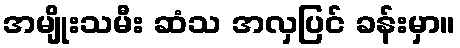
အမျိုးသမီး ဆံသ အလှပြင် ခန်းမှာ။